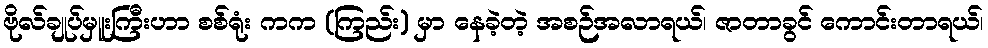
ဗိုလ်ချုပ်မှူးကြီးဟာ စစ်ရုံး ကက (ကြည်း) မှာ နေခဲ့တဲ့ အစဉ်အလာရယ်၊ ဇာတာခွင် ကောင်းတာရယ်၊